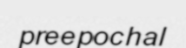
preepochal